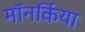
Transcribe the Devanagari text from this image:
मॉनर्किया